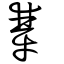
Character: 犨